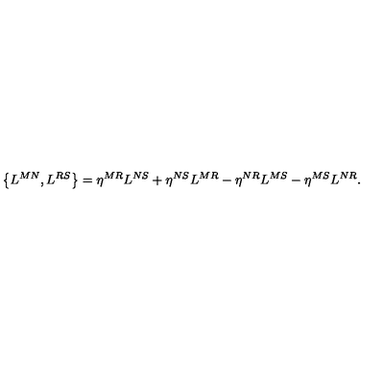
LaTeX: \left\{ L ^ { M N } , L ^ { R S } \right\} = \eta ^ { M R } L ^ { N S } + \eta ^ { N S } L ^ { M R } - \eta ^ { N R } L ^ { M S } - \eta ^ { M S } L ^ { N R } .